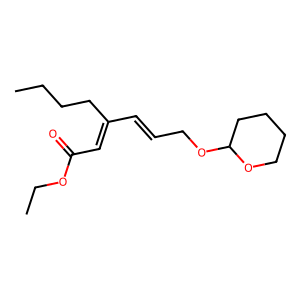
SMILES: CCCCC(C=CCOC1CCCCO1)=CC(=O)OCC
Inhibits HIV replication: No